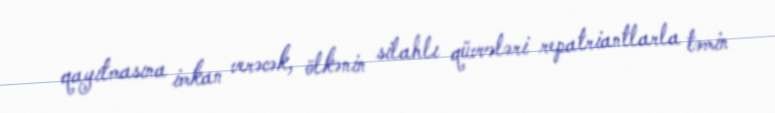
qayıtmasına imkan verəcək, ölkənin silahlı qüvvələri repatriantlarla təmin